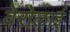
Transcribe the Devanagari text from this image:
वेरोलाई